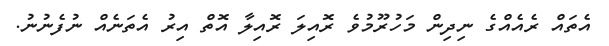
އެތައް ރެއެއްގެ ނިދިން މަހުރޫމުވެ ރޮއިލަ ރޮއިލާ އޮތް އިރު އެތަނެއް ނުފެނުނު.